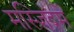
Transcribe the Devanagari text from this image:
मस्जिदमें